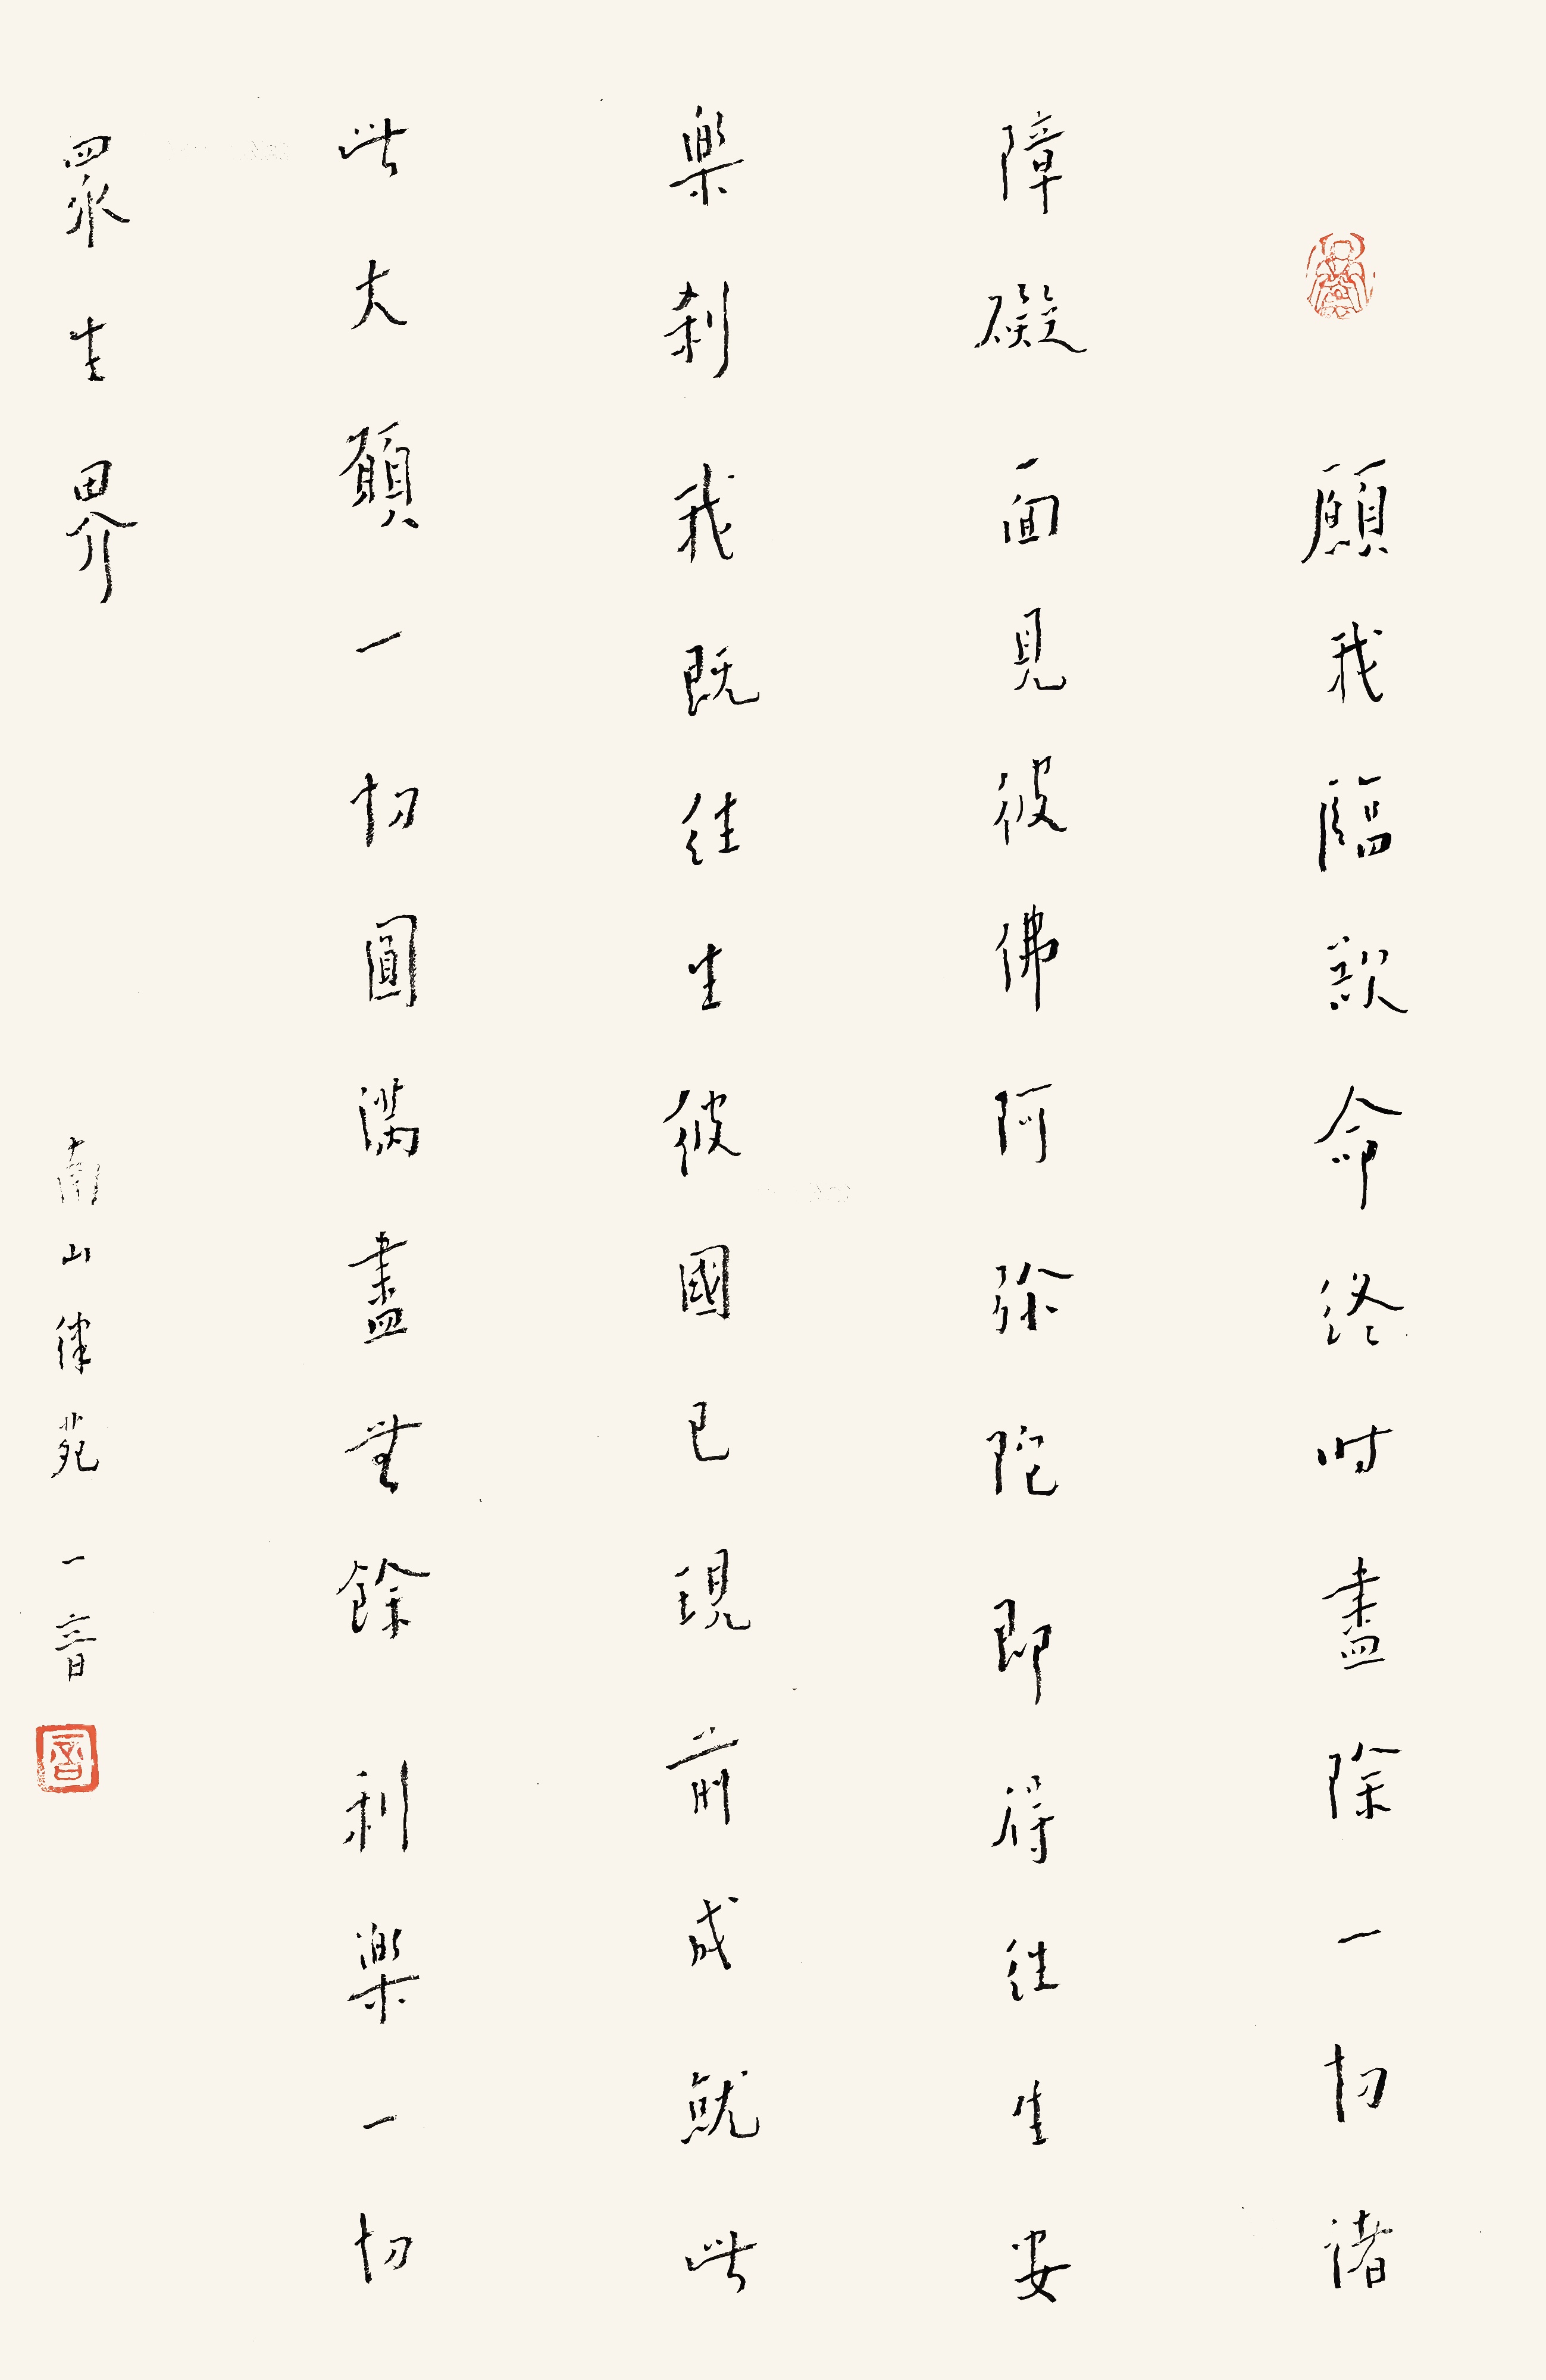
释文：愿我临欲命终时，尽除一切诸障碍，面见彼佛阿弥陀，即得往生安乐刹。我既往生彼国已，现前成就此大愿，一切圆满尽无余，利乐一切众生界。南山律苑一音。